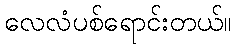
လေလံပစ်ရောင်းတယ်။